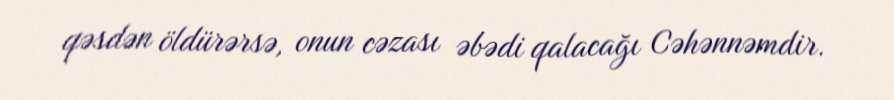
qəsdən öldürərsə, onun cəzası əbədi qalacağı Cəhənnəmdir.